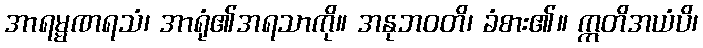
အာရမ္မဏရသံ၊ အာရုံ၏အရသာကို။ အနုဘဝတိ၊ ခံစား၏။ ဣတိအယံပိ၊